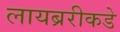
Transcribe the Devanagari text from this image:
लायब्ररीकडे